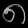
Digit: ၈